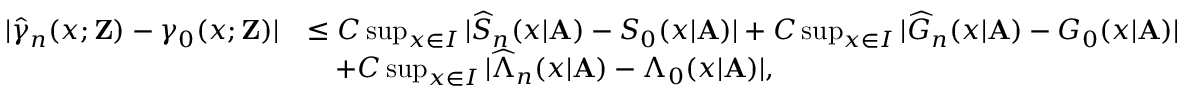
\begin{array} { r l } { | \widehat { \gamma } _ { n } ( x ; \mathbf { Z } ) - \gamma _ { 0 } ( x ; \mathbf { Z } ) | } & { \leq C \operatorname* { s u p } _ { x \in I } | \widehat { S } _ { n } ( x | \mathbf { A } ) - S _ { 0 } ( x | \mathbf { A } ) | + C \operatorname* { s u p } _ { x \in I } | \widehat { G } _ { n } ( x | \mathbf { A } ) - G _ { 0 } ( x | \mathbf { A } ) | } \\ & { \quad + C \operatorname* { s u p } _ { x \in I } | \widehat { \Lambda } _ { n } ( x | \mathbf { A } ) - \Lambda _ { 0 } ( x | \mathbf { A } ) | , } \end{array}